Vaccination in Bombay 1863-1868 - 1863-1868
Year: 1863
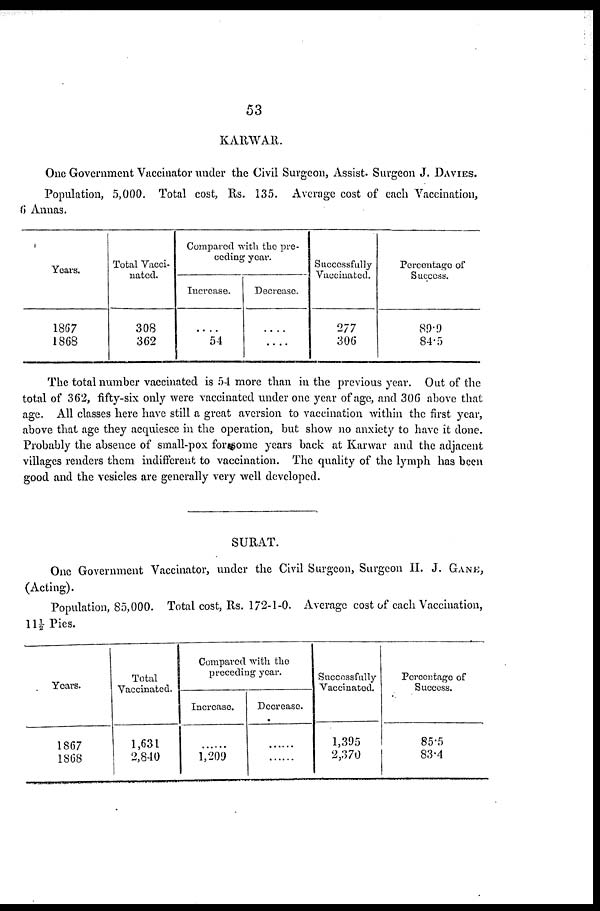
53
KARWAR.
One Government Vaccinator under the Civil Surgeon, Assist. Surgeon J. DAVIES.
Population, 5,000. Total cost, Rs. 135. Average cost of each Vaccination,
6 Annas.
Years.
1867
1868
Total Vacci-
nated.
308
362
Compared with the pre-
ceding year.
Increase.
....
54
Decrease.
....
....
Successfully
Vaccinated.
277
306
Percentage of
Success.
89.9
84.5
The total number vaccinated is 54 more than in the previous year. Out of the
total of 362, fifty-six only were vaccinated under one year of age, and 306 above that
age. All classes here have still a great aversion to vaccination within the first year,
above that age they acquiesce in the operation, but show no anxiety to have it done.
Probably the absence of small-pox for some years back at Karwar and the adjacent
villages renders them indifferent to vaccination. The quality of the lymph has been
good and the vesicles are generally very well developed.
SURAT.
One Government Vaccinator, under the Civil Surgeon, Surgeon II. J. GANE,
(Acting).
Population, 85,000. Total cost, Rs. 172-1-0. Average cost of each Vaccination,
11½ Pies.
Years.
1867
1868
Total
Vaccinated.
1,631
2,840
Compared with the
preceding year.
Increase.
....
1,209
Decrease.
....
....
Successfully
Vaccinated.
1,395
2,370
Percentage of
Success.
85.5
83.4